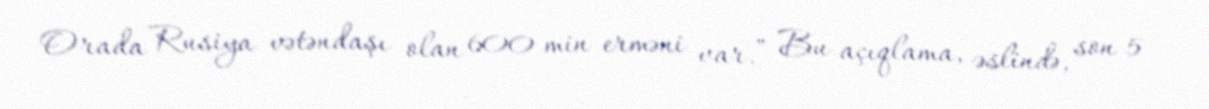
Orada Rusiya vətəndaşı olan 600 min erməni var.” Bu açıqlama, əslində, son 5